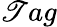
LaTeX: \mathscr{T}ag